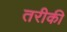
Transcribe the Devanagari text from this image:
तरीकी